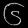
Digit: ၆